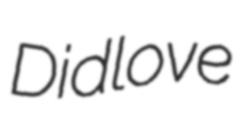
Didlove